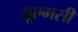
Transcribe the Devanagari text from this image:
यूएमसी